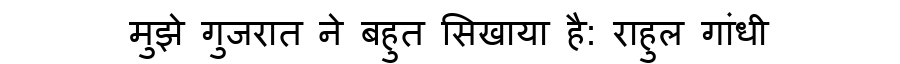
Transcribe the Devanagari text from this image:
मुझे गुजरात ने बहुत सिखाया है: राहुल गांधी